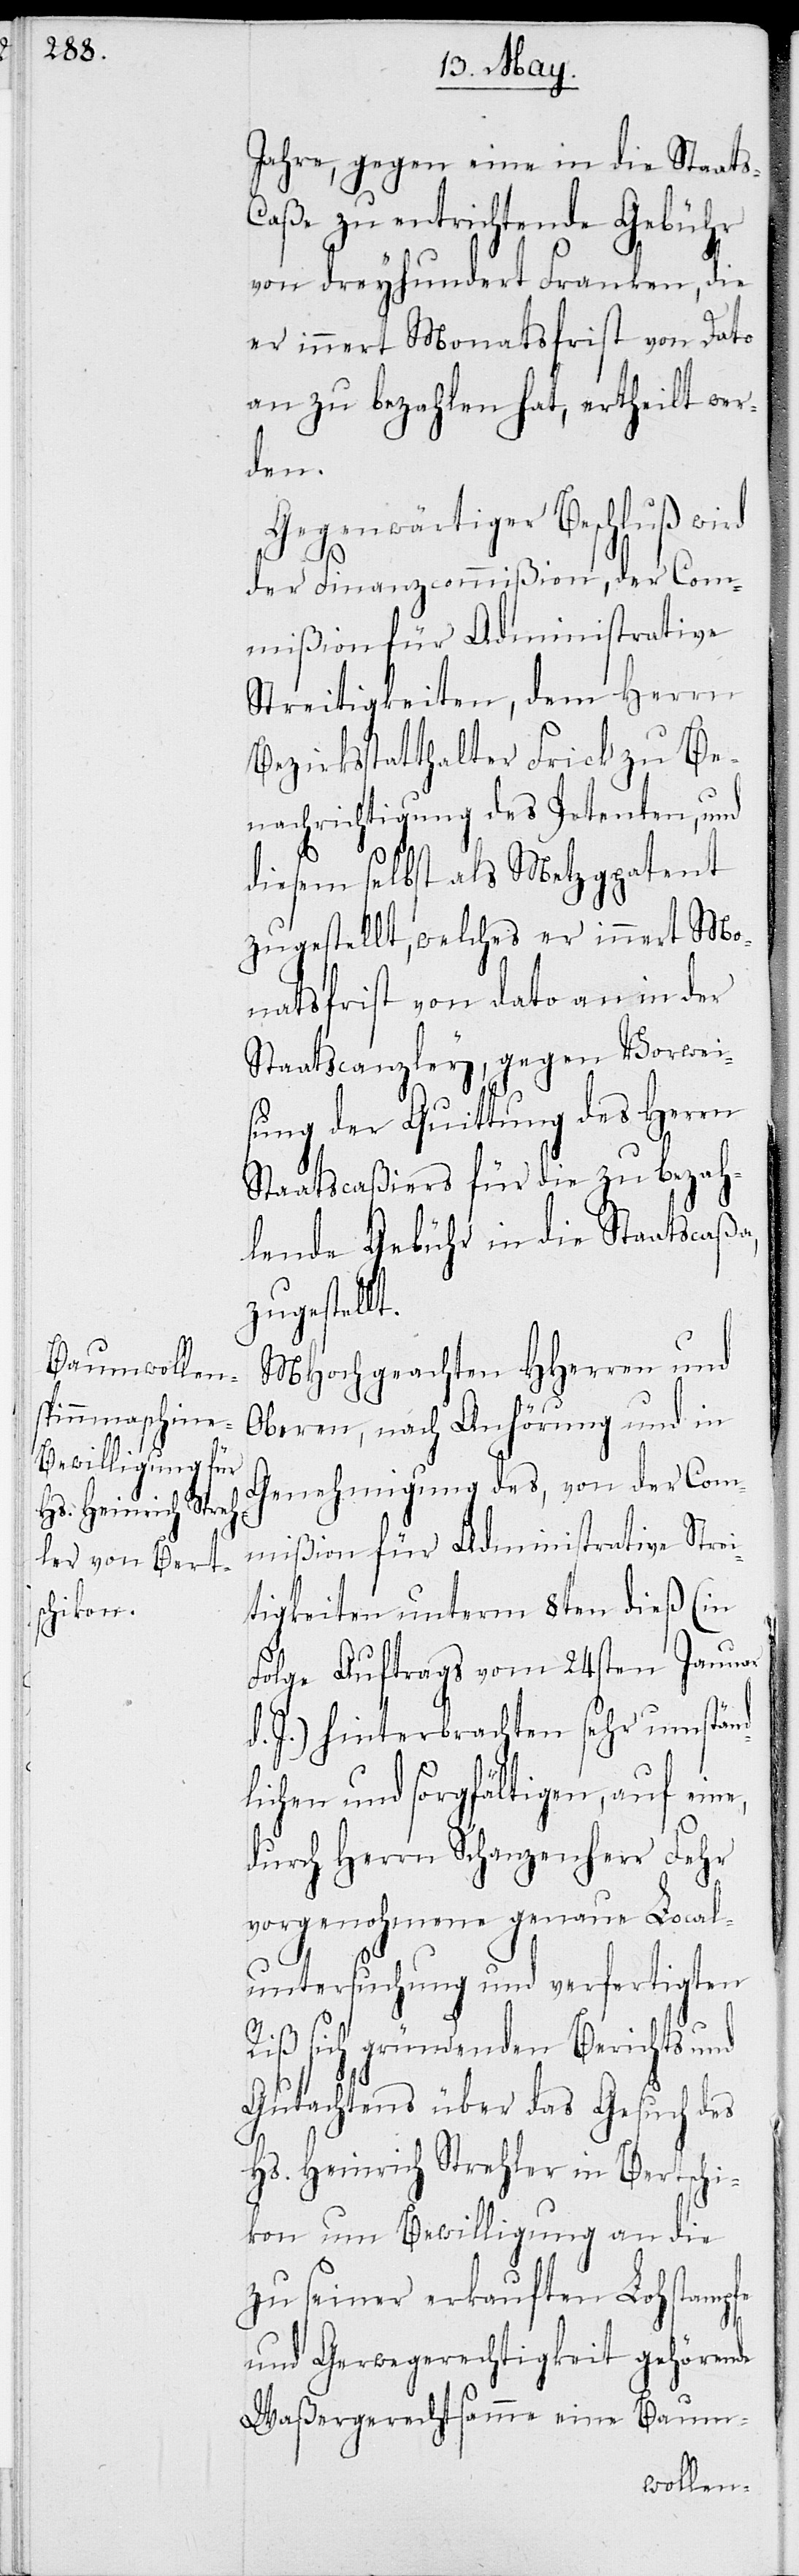
Jahre, gegen eine in die Staats-C¬
aße zu entrichtende Gebühr
von dreyhundert Franken, die
er innert Monatsfrist von Dato
an zu bezahlen hat, ertheilt wer¬
den.
Gegenwärtiger Beschluß wird
der Finanzcommißion, der Com¬
mißion für Administrative
Streitigkeiten, dem Herrn
Bezirksstatthalter Frick zu Be¬
nachrichtigung des Petenten, und
diesem selbst als Metzpatent
zugestellt, welches er innert Mo¬
natsfrist von Dato an in der
Staatscanzley, gegen Vorwei¬
sung der Quittung des Herrn
Staatscaßiers für die zu bezah¬
lende Gebühr in die Staatscaßa,
zugestellt
MHochgeachten HHerren und
Oberen, nach Anhörung und in
Genehmigung des, von der Com¬
mißion für Administrative Strei¬
tigkeiten unterm 8ten dieß (in
Folge Auftrags von 24sten Januar
d. J.) hinterbrachten sehr umständ¬
lichen und sorgfältigen, auf eine,
durch Herrn Schanzenherr Fehr
vorgenohmene genaue Local¬
untersuchung und verfertigten
Riß sich gründenden Berichts und
Gutachtens, über das Gesuch des
Hs. Heinrich Strehler in Bertschi¬
kon um Bewilligung an die
zu seiner erkauften Lohstampf¬
e Gerwegerechtigkeit gehörende
Waßergerechtsamme eine Baum-